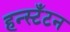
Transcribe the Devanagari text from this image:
हन्स्टँटन